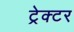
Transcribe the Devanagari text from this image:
ट्रेक्‍टर